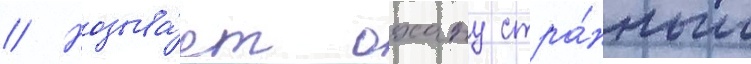
// Называ́ет охану стра́нным